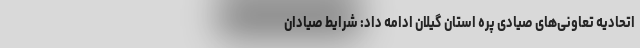
اتحادیه تعاونی‌های صیادی پره استان گیلان ادامه داد: شرایط صیادان